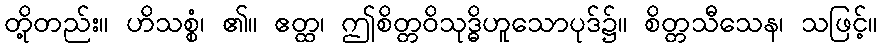
တို့တည်း။ ဟိသစ္စံ၊ ၏။ ဧတ္ထ၊ ဤစိတ္တဝိသုဒ္ဓိဟူသောပုဒ်၌။ စိတ္တသီသေန၊ သဖြင့်။